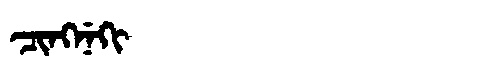
Manchu: ᠴᡳᠩᠨᡝᡴᡳ
Romanization: CINGNEKI